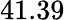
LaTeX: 41.39